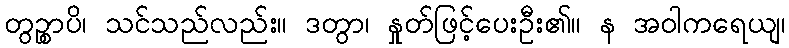
တွဉ္စာပိ၊ သင်သည်လည်း။ ဒတွာ၊ နှုတ်ဖြင့်ပေးဦး၏။ န အဝါကရေယျ၊